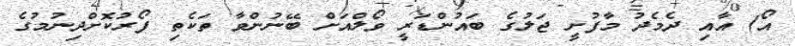
އޯ) އާއި ދެމެދު މާފުށީ ޖަލުގެ ބައުންޑަރީ ވޯލްއަށް ބޭނުންވާ ތަކެތި ފޯރުކޮށްދިނުމުގެ